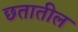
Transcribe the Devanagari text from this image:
छतातील